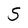
Character: S